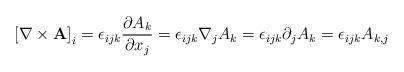
LaTeX: \begin{align*}\left[\nabla\times\mathbf{A}\right]_{i}=\epsilon_{ijk}\frac{\partial A_{k}}{\partial x_{j}}=\epsilon_{ijk}\nabla_{j}A_{k}=\epsilon_{ijk}\partial_{j}A_{k}=\epsilon_{ijk}A_{k,j}\end{align*}